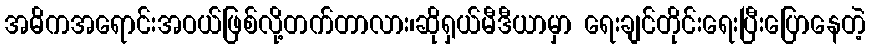
အဓိကအရောင်းအဝယ်ဖြစ်လို့တက်တာလား၊ဆိုရှယ်မီဒီယာမှာ ရေးချင်တိုင်းရေးပြီးပြောနေတဲ့